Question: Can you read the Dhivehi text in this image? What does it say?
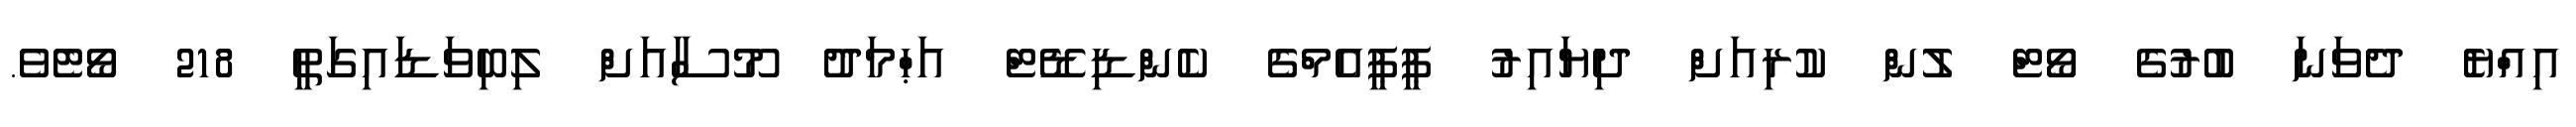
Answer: އިއްޔެ ދެވަނަ ބުރުގެ ވޯޓް ލުން ކުރިއަށް ދިޔައިރު ޕީޕީއެމްގެ ކެންޑިޑޭޓް އަޙްމަދު މޫސާއަށް ލިބިވަޑައިގަތީ 218 ވޯޓެވެ.